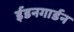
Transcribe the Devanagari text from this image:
ईडनगार्डन